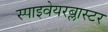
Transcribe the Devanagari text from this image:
स्पाइवेयरब्लास्टर